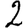
Digit: 2